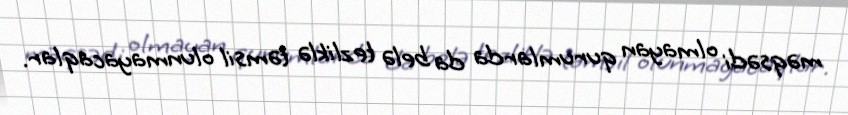
məqsədi olmayan qurumlarda da belə tezliklə təmsil olunmayacaqlar.